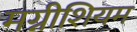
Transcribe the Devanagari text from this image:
मग्नीशियम